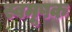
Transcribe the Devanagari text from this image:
स्वमूषक